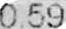
0.59